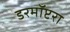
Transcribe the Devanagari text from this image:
डरमॉप्टरा